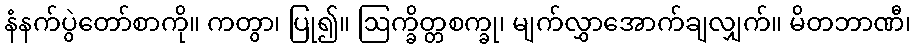
နံနက်ပွဲတော်စာကို။ ကတွာ၊ ပြု၍။ ဩက္ခိတ္တစက္ခု၊ မျက်လွှာအောက်ချလျှက်။ မိတဘာဏီ၊